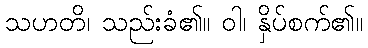
သဟတိ၊ သည်းခံ၏။ ဝါ၊ နှိပ်စက်၏။